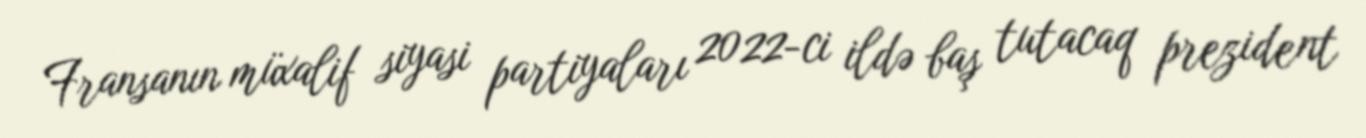
Fransanın müxalif siyasi partiyaları 2022-ci ildə baş tutacaq prezident